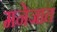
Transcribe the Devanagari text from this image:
मनेजात